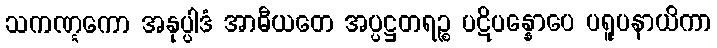
သကဏ္ဋကော အနုပ္ပါဒံ အာဓီယတေ အပ္ပဋ္ဌတရဉ္စ ပဋိပန္နောပေ ပရူပနာယိကာ